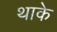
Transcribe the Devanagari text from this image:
थाके